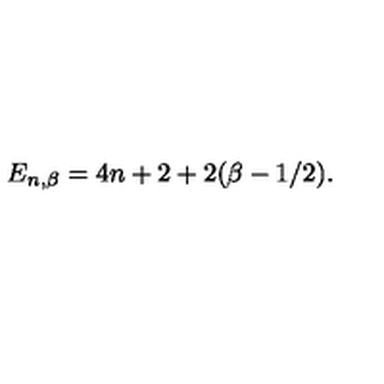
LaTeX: E _ { n , \beta } = 4 n + 2 + 2 ( \beta - 1 / 2 ) .